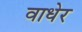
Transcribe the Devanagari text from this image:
वाधेर